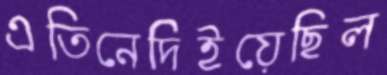
এতিনেদিইয়েছিল